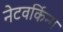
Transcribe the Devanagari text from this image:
नेटवर्किन्ग